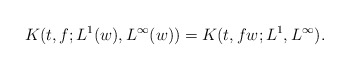
\begin{align*} K(t, f; L^1(w), L^{\infty}(w)) = K(t, fw; L^1, L^{\infty}).\end{align*}